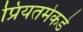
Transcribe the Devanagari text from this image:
प्रियतमेकडे